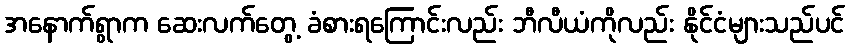
အနောက်ရွာက ဆေးလက်တွေ့ ခံစားရကြောင်းလည်း ဘီလီယံကိုလည်း နိုင်ငံများသည်ပင်